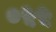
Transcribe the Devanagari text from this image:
०५५